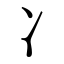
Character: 冫